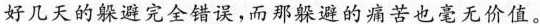
好几天的躲避完全错误，而那躲避的痛苦也毫无价值。